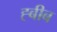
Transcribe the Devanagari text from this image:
ह्बीब